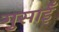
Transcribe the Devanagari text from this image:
गुसाईँ